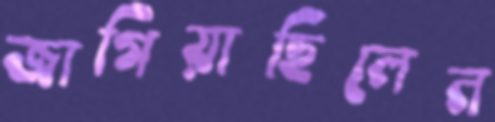
জাগিয়াছিলেন